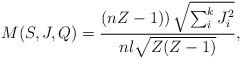
LaTeX: \begin{align*}M(S,J,Q)=\frac{\left( nZ-1)\right) \sqrt{\sum_i^kJ_i^2}}{nl\sqrt{Z(Z-1)}},\end{align*}